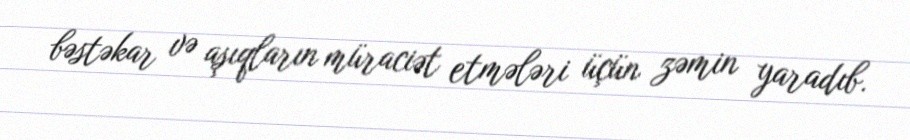
bəstəkar və aşıqların müraciət etmələri üçün zəmin yaradıb.